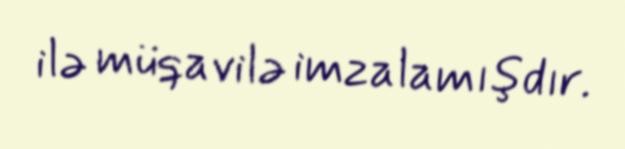
ilə müqavilə imzalamışdır.